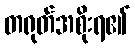
တရုတ်အစိုးရ၏